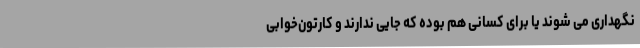
نگهداری می شوند یا برای کسانی هم بوده که جایی ندارند و کارتون‌خوابی